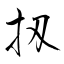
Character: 扨